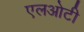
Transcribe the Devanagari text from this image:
एलओटी